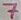
Text: 7